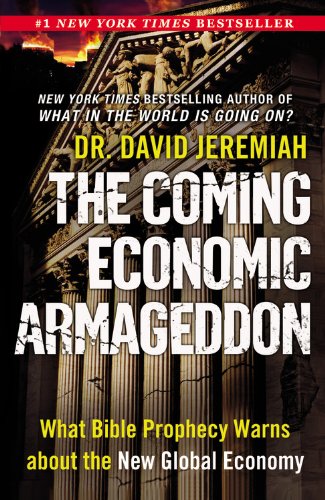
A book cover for The Coming Economic Armageddon: What Bible Prophecy Warns about the New Global Economy; David Jeremiah; Christian Books & Bibles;